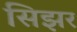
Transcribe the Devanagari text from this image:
सिझर